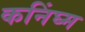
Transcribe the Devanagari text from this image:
कनिंघ्म